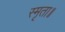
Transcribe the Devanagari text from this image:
स्मृता॥